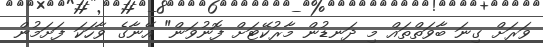
ވަރަށް ގިނަ ބާވަތްތައް މި ދަނޑުން މާރުކޭޓަށް ފޮނުވަން" އޭނާގެ ވާހަކަ ފަށަމުން